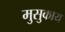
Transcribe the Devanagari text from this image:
मुसुकाय